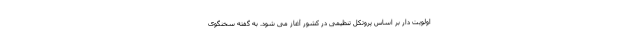
اولویت دار بر اساس پروتکل تنظیمی در کشور آغاز می شود. به گفته سخنگوی